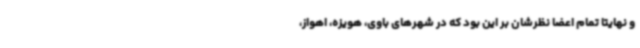
و نهایتا تمام اعضا نظرشان بر این بود که در شهرهای باوی، هویزه، اهواز،